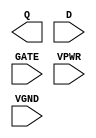
/**
 * Copyright 2020 The SkyWater PDK Authors
 *
 * Licensed under the Apache License, Version 2.0 (the "License");
 * you may not use this file except in compliance with the License.
 * You may obtain a copy of the License at
 *
 *     https://www.apache.org/licenses/LICENSE-2.0
 *
 * Unless required by applicable law or agreed to in writing, software
 * distributed under the License is distributed on an "AS IS" BASIS,
 * WITHOUT WARRANTIES OR CONDITIONS OF ANY KIND, either express or implied.
 * See the License for the specific language governing permissions and
 * limitations under the License.
 *
 * SPDX-License-Identifier: Apache-2.0
 */

`ifndef SKY130_FD_SC_HS__DLXTP_PP_BLACKBOX_V
`define SKY130_FD_SC_HS__DLXTP_PP_BLACKBOX_V

/**
 * dlxtp: Delay latch, non-inverted enable, single output.
 *
 * Verilog stub definition (black box with power pins).
 *
 * WARNING: This file is autogenerated, do not modify directly!
 */

`timescale 1ns / 1ps
`default_nettype none

(* blackbox *)
module sky130_fd_sc_hs__dlxtp (
    Q   ,
    D   ,
    GATE,
    VPWR,
    VGND
);

    output Q   ;
    input  D   ;
    input  GATE;
    input  VPWR;
    input  VGND;
endmodule

`default_nettype wire
`endif  // SKY130_FD_SC_HS__DLXTP_PP_BLACKBOX_V